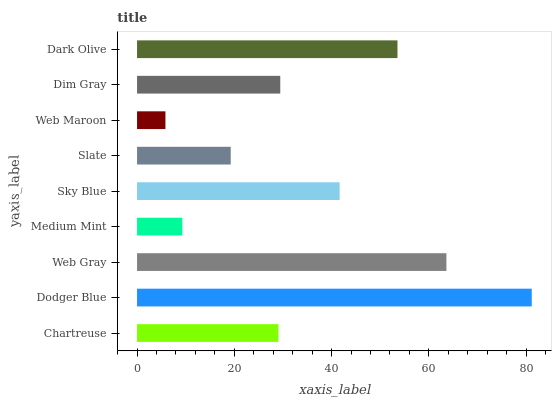
| yaxis_label | bars |
 | --- | --- |
 | Chartreuse | 29.1 |
 | Dodger Blue | 81.1 |
 | Web Gray | 63.6 |
 | Medium Mint | 9.3 |
 | Sky Blue | 41.6 |
 | Slate | 19.3 |
 | Web Maroon | 5.83 |
 | Dim Gray | 29.4 |
 | Dark Olive | 53.5 |